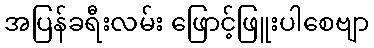
အပြန်ခရီးလမ်း ဖြောင့်ဖြူးပါစေဗျာ